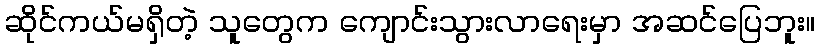
ဆိုင်ကယ်မရှိတဲ့ သူတွေက ကျောင်းသွားလာရေးမှာ အဆင်ပြေဘူး။